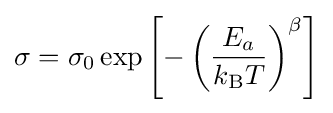
\sigma =\sigma _{0}\exp \left[-\left({\frac {E_{a}}{k_{\text{B}}T}}\right)^{\beta }\right]